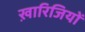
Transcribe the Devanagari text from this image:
ख़ारिजियों